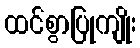
ထင်စွာပြုကျိုး